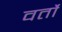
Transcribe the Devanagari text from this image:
वर्तो